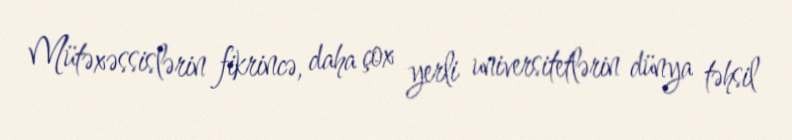
Mütəxəssislərin fikrincə, daha çox yerli universitetlərin dünya təhsil